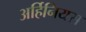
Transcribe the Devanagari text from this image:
अर्हिनियस